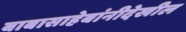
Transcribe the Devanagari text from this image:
बाबासाहेबांनीदेखील